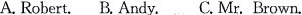
A.Robert.B.Andy. C.Mr. Brown.